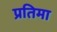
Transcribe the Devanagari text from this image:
प्रतिमा